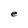
Character: e